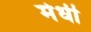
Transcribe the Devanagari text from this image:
मेधी